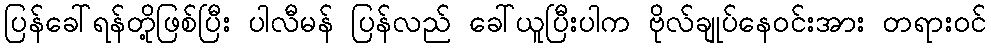
ပြန်ခေါ်ရန်တို့ဖြစ်ပြီး ပါလီမန် ပြန်လည် ခေါ်ယူပြီးပါက ဗိုလ်ချုပ်နေဝင်းအား တရားဝင်